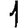
Digit: 1